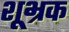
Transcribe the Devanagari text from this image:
शूभ्रक